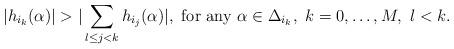
LaTeX: \begin{align*}|h_{i_k}(\alpha)|>|\sum_{l\leq j<k}h_{i_j}(\alpha)|, ~{\rm for~any}~\alpha\in {\Delta}_{i_k},~k=0,\ldots, M,~l<k.\end{align*}